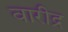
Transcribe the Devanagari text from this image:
वारीद्र